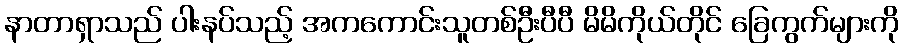
နာတာရှာသည် ပါးနပ်သည့် အကကောင်းသူတစ်ဦးပီပီ မိမိကိုယ်တိုင် ခြေကွက်များကို